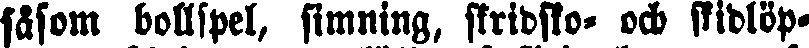
fåfom bollspel, simning, skridsko- och stidlöp-